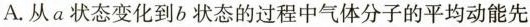
A.从a状态变化到b状态的过程中气体分子的平均动能先